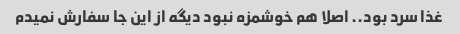
غذا سرد بود.. اصلا هم خوشمزه نبود دیگه از این جا سفارش نمیدم